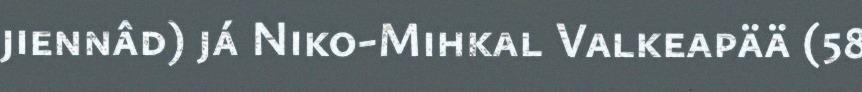
jiennâd) já Niko-Mihkal Valkeapää (58